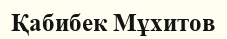
Қабибек Мұхитов